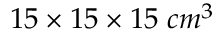
1 5 \times 1 5 \times 1 5 \; c m ^ { 3 }